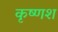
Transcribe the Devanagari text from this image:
कृष्णश